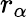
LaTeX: r_{\alpha}